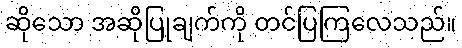
ဆိုသော အဆိုပြုချက်ကို တင်ပြကြလေသည်။